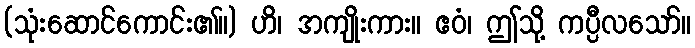
(သုံးဆောင်ကောင်း၏။) ဟိ၊ အကျိုးကား။ ဧဝံ၊ ဤသို့ ကပ္ပီလသော်။